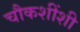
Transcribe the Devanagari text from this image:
चौकशींशी